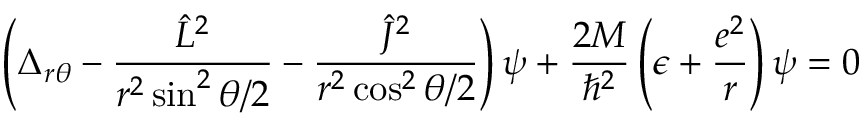
\left( \Delta _ { r \theta } - \frac { { \hat { L } } ^ { 2 } } { r ^ { 2 } \sin ^ { 2 } \theta / 2 } - \frac { { \hat { J } } ^ { 2 } } { r ^ { 2 } \cos ^ { 2 } \theta / 2 } \right) \psi + \frac { 2 M } { \hbar ^ { 2 } } \left( \epsilon + \frac { e ^ { 2 } } { r } \right) \psi = 0